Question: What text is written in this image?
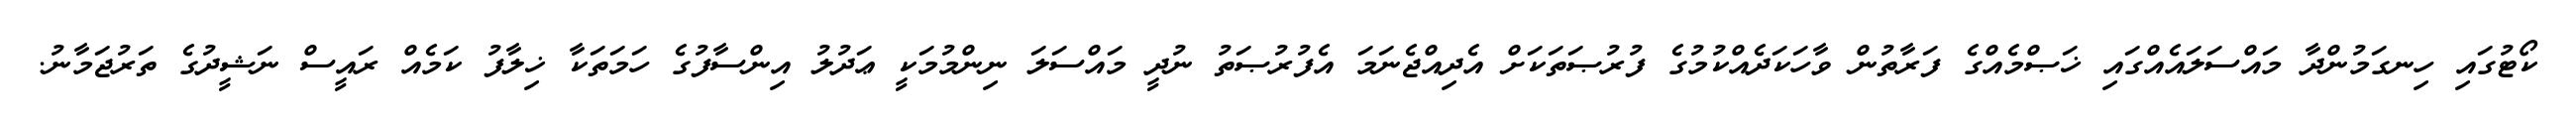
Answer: ކޯޓުގައި ހިނގަމުންދާ މައްސަލައެއްގައި ޚަޞްމެއްގެ ފަރާތުން ވާހަކަދެއްކުމުގެ ފުރުޞަތަކަށް އެދިއްޖެނަމަ އެފުރުޞަތު ނުދީ މައްސަލަ ނިންމުމަކީ ޢަދުލު އިންސާފުގެ ހަމަތަކާ ޚިލާފު ކަމެއް ރައީސް ނަޝީދުގެ ތަރުޖަމާނު.